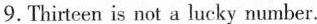
9.Thirteen is not a lucky number.